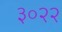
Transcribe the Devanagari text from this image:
३०२२